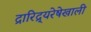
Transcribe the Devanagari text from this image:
द्रारिद्र्यरेषेखाली